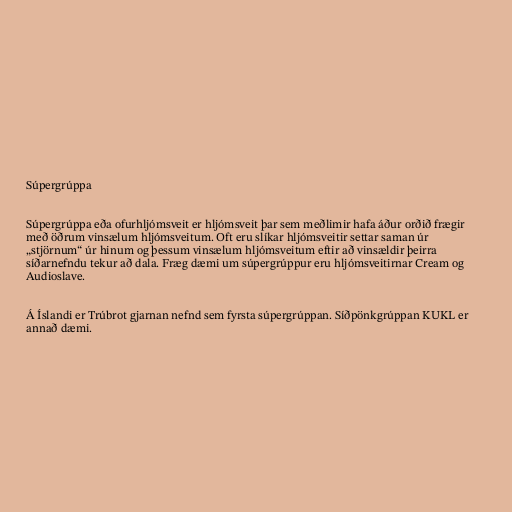
Súpergrúppa

Súpergrúppa eða ofurhljómsveit er hljómsveit þar sem meðlimir hafa áður orðið frægir
með öðrum vinsælum hljómsveitum. Oft eru slíkar hljómsveitir settar saman úr
„stjörnum“ úr hinum og þessum vinsælum hljómsveitum eftir að vinsældir þeirra
síðarnefndu tekur að dala. Fræg dæmi um súpergrúppur eru hljómsveitirnar Cream og
Audioslave.

Á Íslandi er Trúbrot gjarnan nefnd sem fyrsta súpergrúppan. Síðpönkgrúppan KUKL er
annað dæmi.